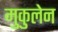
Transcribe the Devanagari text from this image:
मुकुलेन